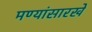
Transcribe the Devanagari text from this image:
मण्यांसारखे